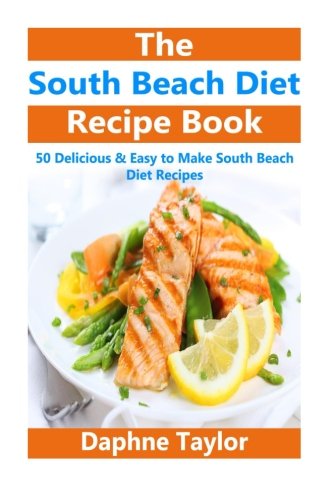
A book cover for South Beach Diet: South Beach Diet Recipe Book: 50 Delicious & Easy South Beach Diet Recipes (south beach diet, south beach diet recipes, south beach diet beginners guide, south beach diet cookbook); Daphne Taylor; Health, Fitness & Dieting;